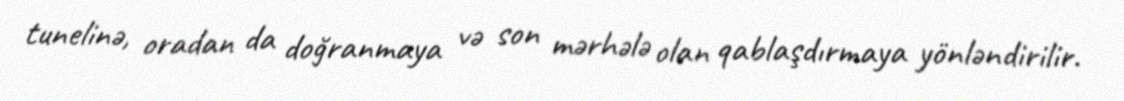
tunelinə, oradan da doğranmaya və son mərhələ olan qablaşdırmaya yönləndirilir.